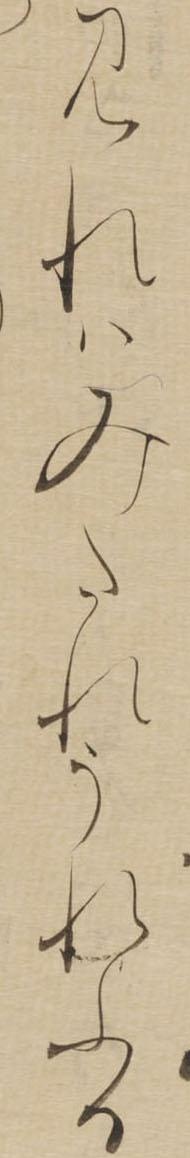
みれはみたれうれふる